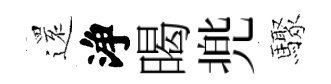
𮟃浄暍兠驟